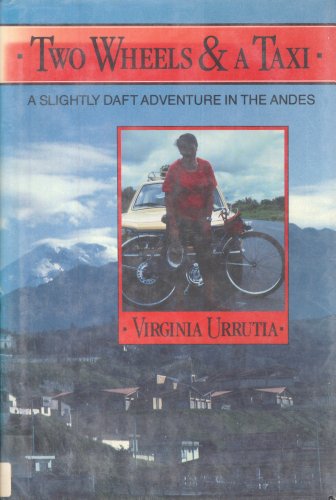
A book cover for Two Wheels and a Taxi: A Slightly Daft Adventure in the Andes; Virginia Urrutia; Travel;